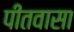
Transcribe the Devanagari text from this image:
पीतवासा